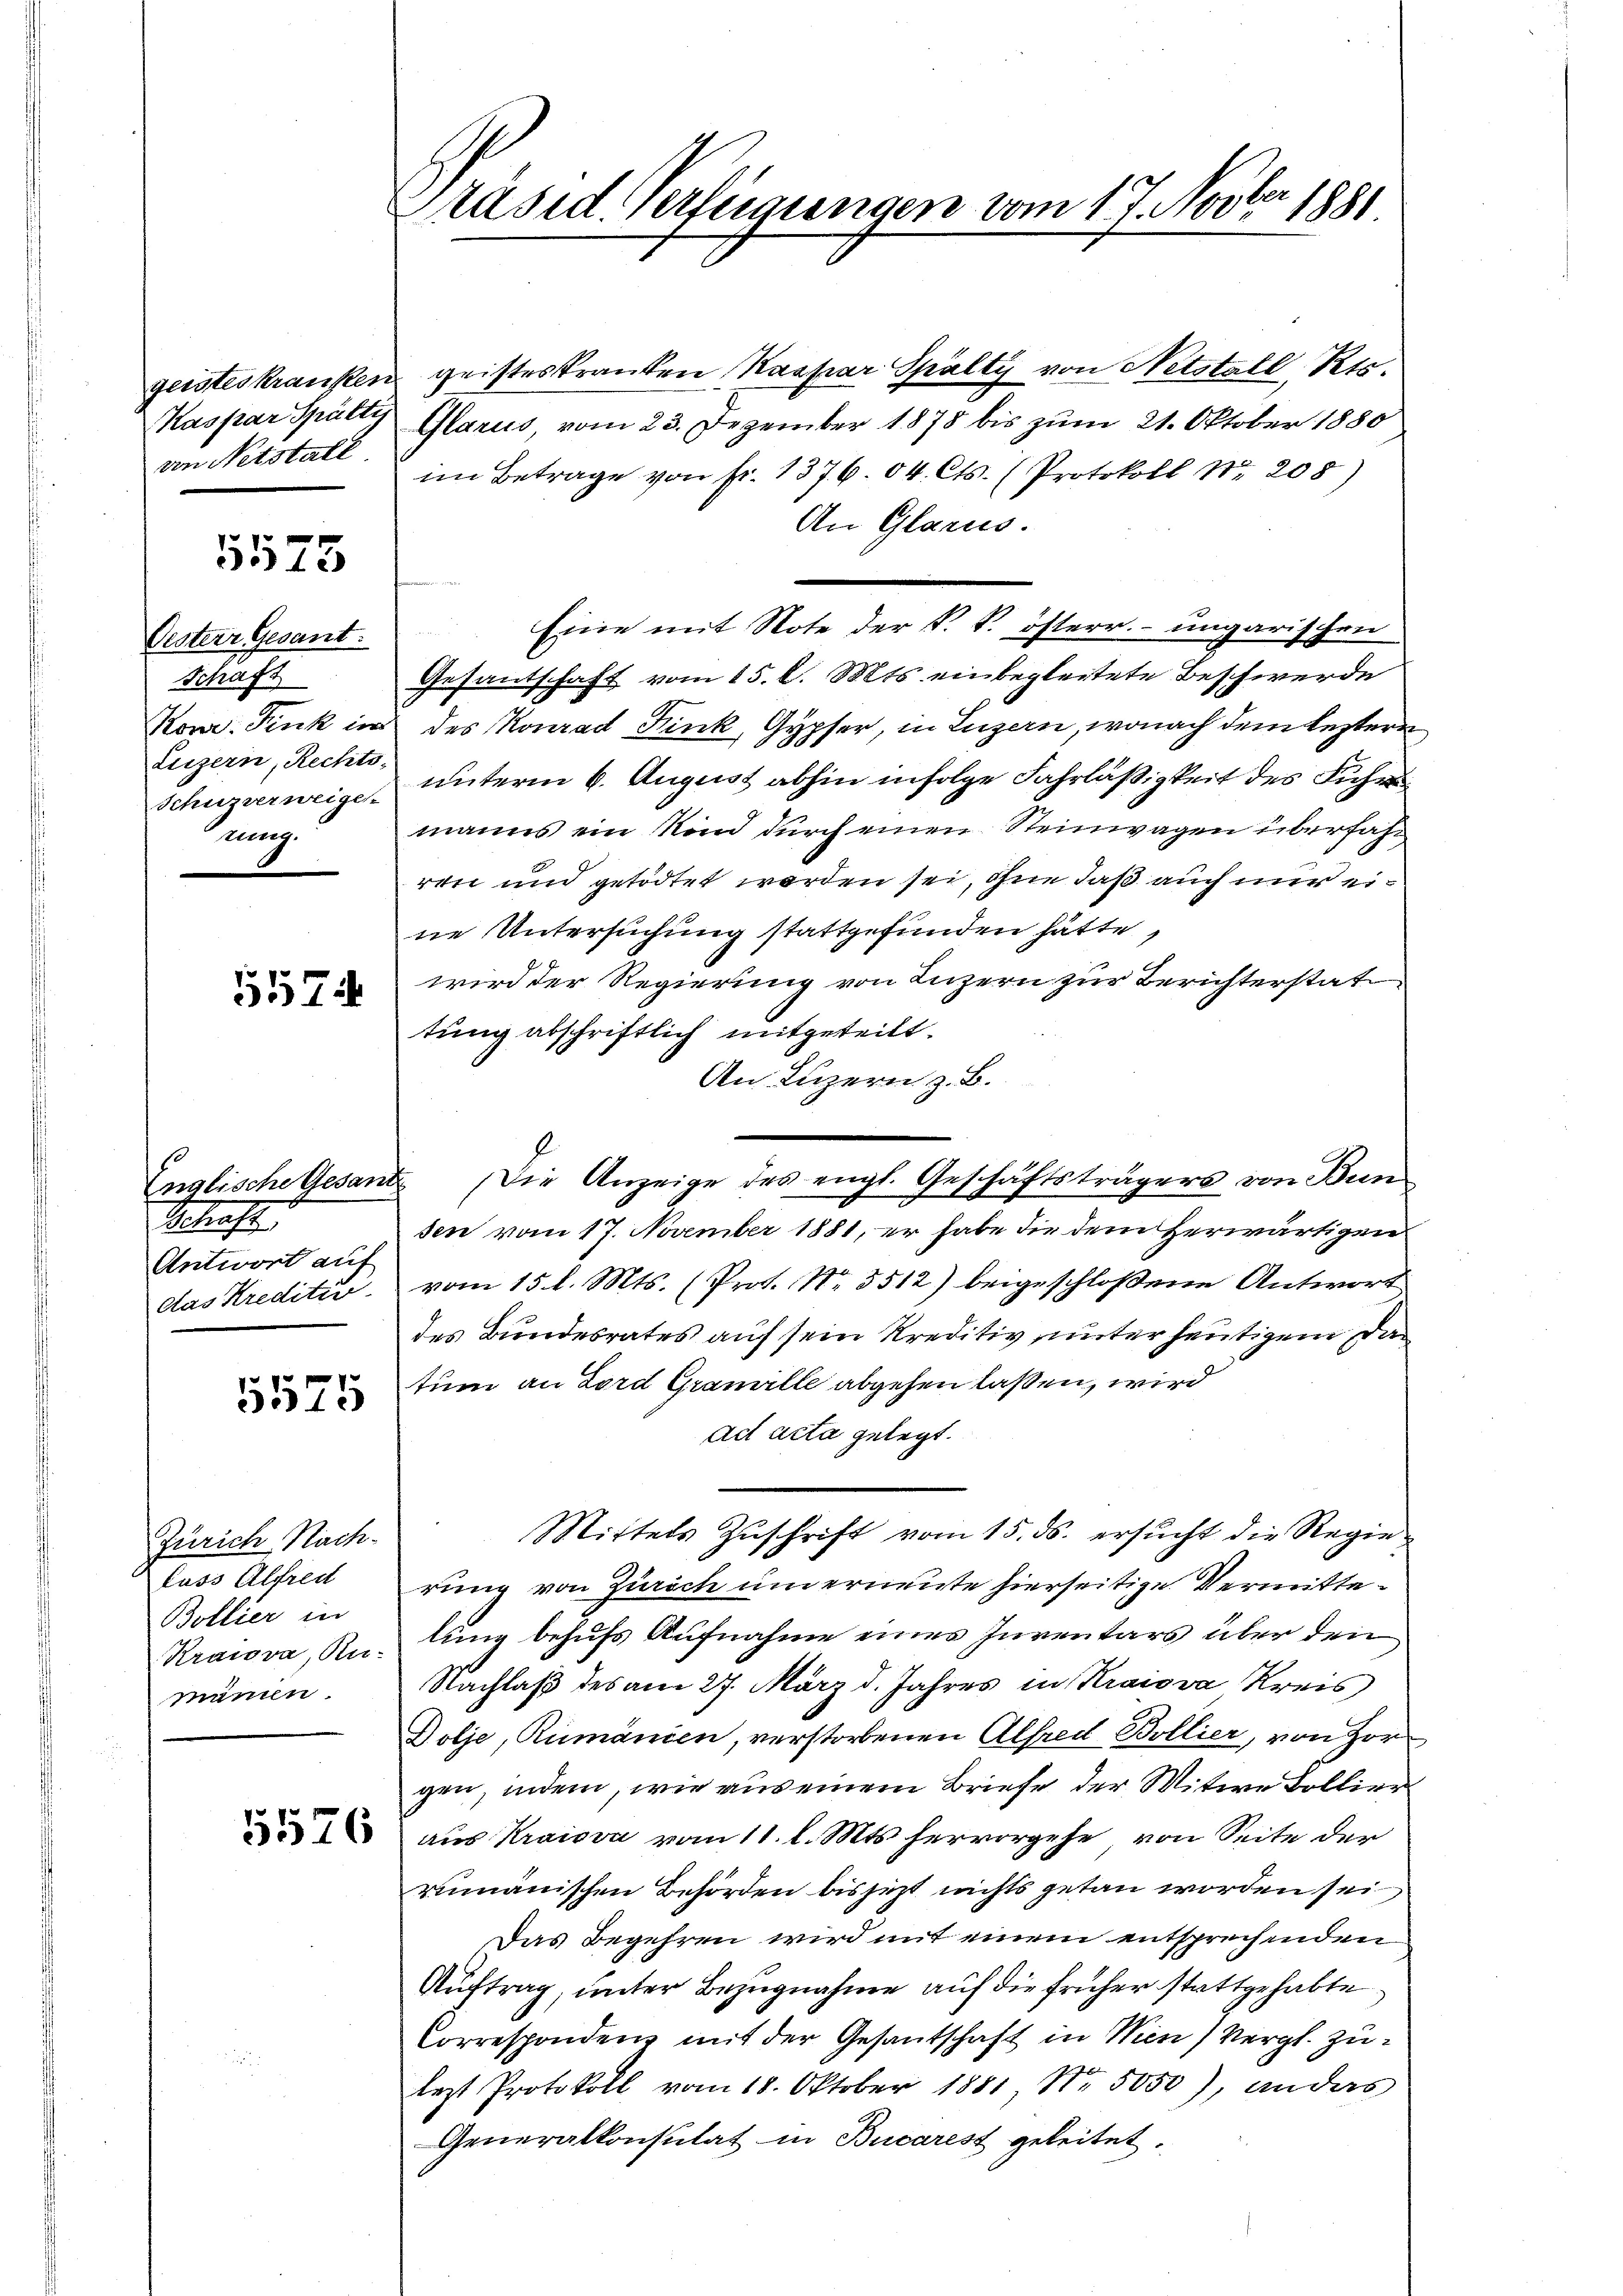
geistes kranken
Kaspar Spälte
von Netstalt

5575

Oesterr. Gesant.
Schaft
Konr. Fink in
Luzern, Rechts-
Schüzverweige
rung

5574

Englische Gesan
Schaft
Antwort auf
das Kreditii

1575

Zürich Nachluss Alfred
Bollier in
Krawova, Ru-
mänun.

5576

Käsid. Verfügungen vom 17. Novber 1881

geisteskranken Kaspar Spälty von Netstall, Kts.
Glarus, vom 23. Dezember 1878 bis zum 21. Oktober 1880
im Betrage von fr. 1376. 64. Cts. (Protokoll Nr. 208)
An Glarus.
Eine mit Note der k. k. österr. ungarischen
Gesantschaft vom 15. d. Mts. einbegleitete Beschwerde
des Konrad Kink, Gypfer, in Luzern, wonach dem leztere
unterm 6. August abhin infolge Fahrläßigkeit des Fuhr
manns ein Kind durch einen Steinwagen überfahren und getödtet werden sei, ohne daß auch nur eine Untersuchung stattgefunden hätte,
wird der Regierung von Luzern zur Berichterstat
tung abschriftlich mitgeteilt.
An Luzern z. B.
2
sen vom 17. November 1881, er habe die dem herwärtigen
vom 15 l. Mts. (Prot. Nr. 5512) beigeschloßene Antwort
des Bundesrates auf sein Kreditiv unter heutigem Dan
tum an Lord Gramille abgehen laßen, wird
ad acta gelegt.
Mittels Zŭschrift vom 15. ds. ersŭcht die Regie-
rung von Zürich um erneute hierseitige Vermittelung behufs Aufnahme eines Inventars über den
Nachlaß des am 27. März d. Jahres in Kraiova Kreis
Dolje, Rumänien, verstorbenen Alfred Bollier, von Zor
gen, indem, wie aus einem Briefe der Witwe Bollier
aus Kraiova vom 11. l. Mts. hervorgehe von Seite der
rmänischen Behörden bisjetzt nichts getan worden sei
Das Begehren wird mit einem entsprechenden
Auftrag, unter Bezugnahme auf die früher stattgehabte
Correspondenz mit der Gesantschaft in Wien, Vergl. Zulezt Protokoll vom 18. Oktober 1881 Nr. 5050), an das
Generalkonsulat in Bucarest geleitet.

2. Die Anzeige des engl. Geschäftsträgers von Bun